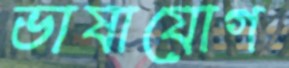
ভাষাযোগ